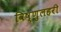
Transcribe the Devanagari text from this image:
विष्णुलहरी